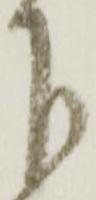
下